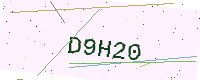
Text: D9H20